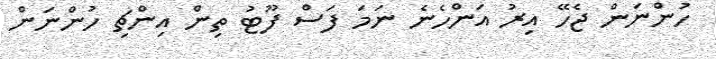
ހުންނަން ޖެހޭ އިރު އަންހެނެ ނަމަ ފަސް ފޫޓު ތިން އިންޗި ހުންނަން